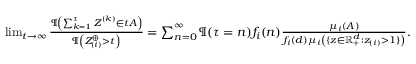
\begin{array} { r } { \operatorname* { l i m } _ { t \to \infty } \frac { \P \left( \sum _ { k = 1 } ^ { \tau } \boldsymbol Z ^ { ( k ) } \in t A \right) } { \P \left( Z _ { ( i ) } ^ { \oplus } > t \right) } = \sum _ { n = 0 } ^ { \infty } \P ( \tau = n ) f _ { i } ( n ) \frac { \mu _ { i } ( A ) } { f _ { i } ( d ) \mu _ { i } \left( \{ \boldsymbol z \in \mathbb { R } _ { + } ^ { d } : z _ { ( i ) } > 1 \} \right) } . } \end{array}